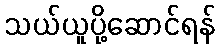
သယ်ယူပို့ဆောင်ရန်